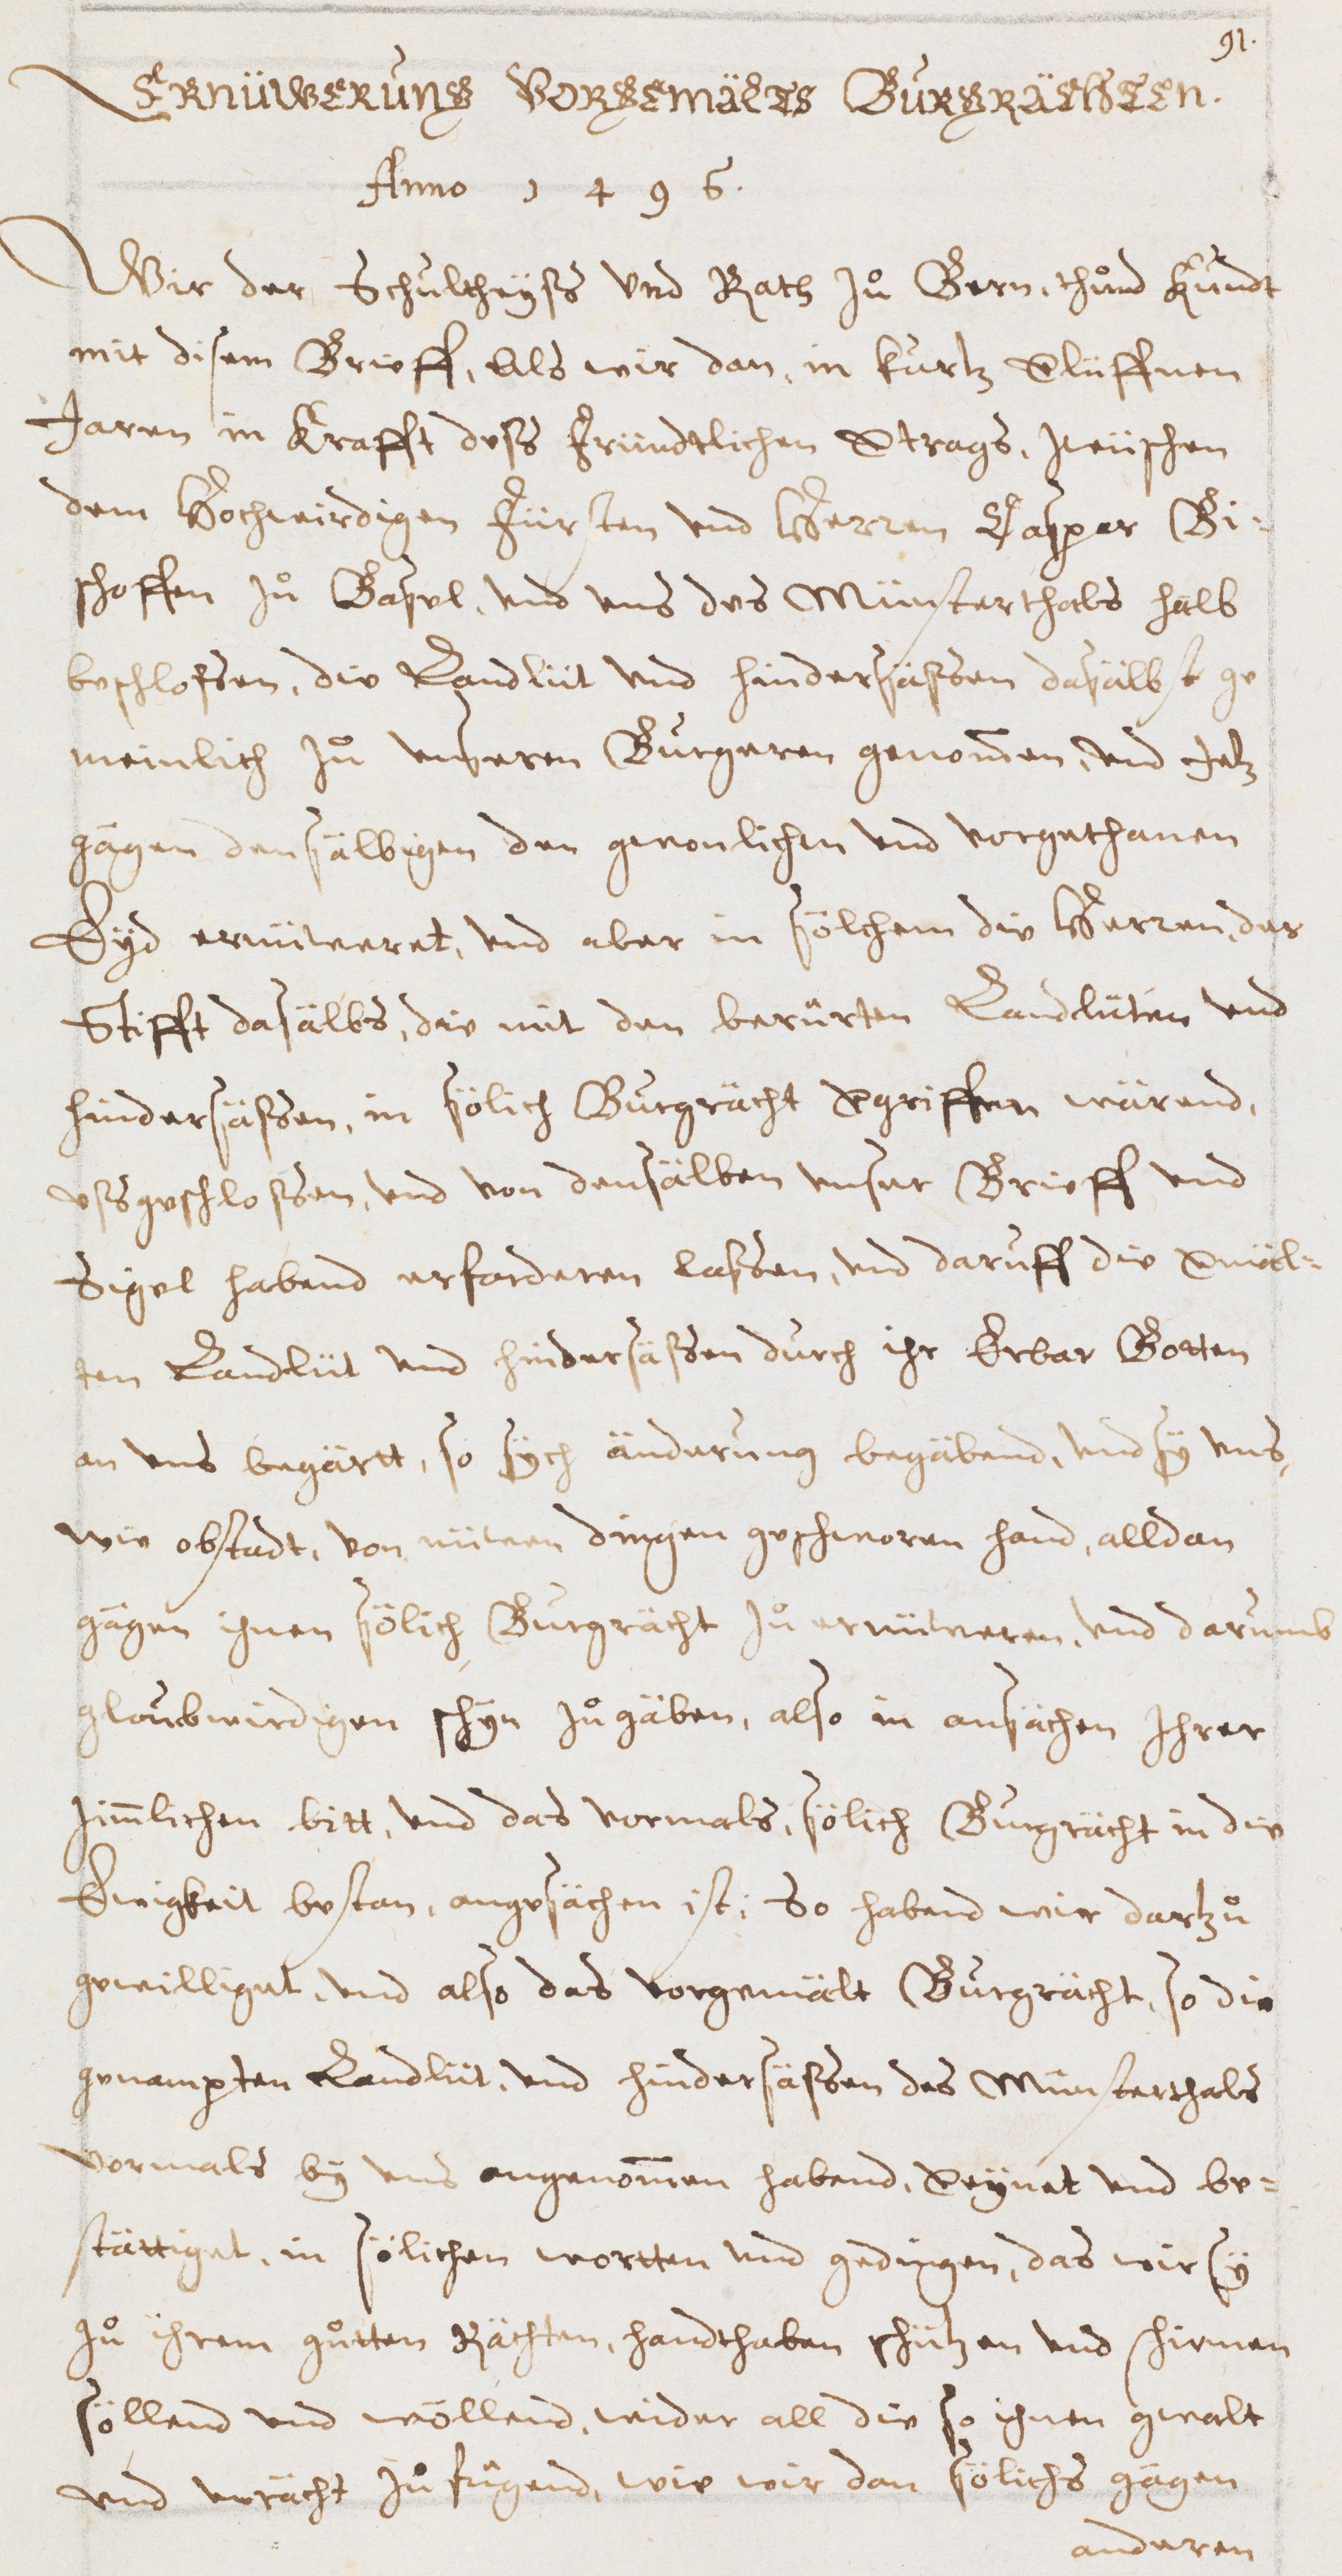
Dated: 1600–1699